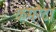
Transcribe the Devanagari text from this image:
कमरैटा